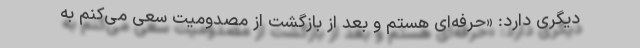
دیگری دارد: «حرفه‌ای هستم و بعد از بازگشت از مصدومیت سعی می‌کنم به